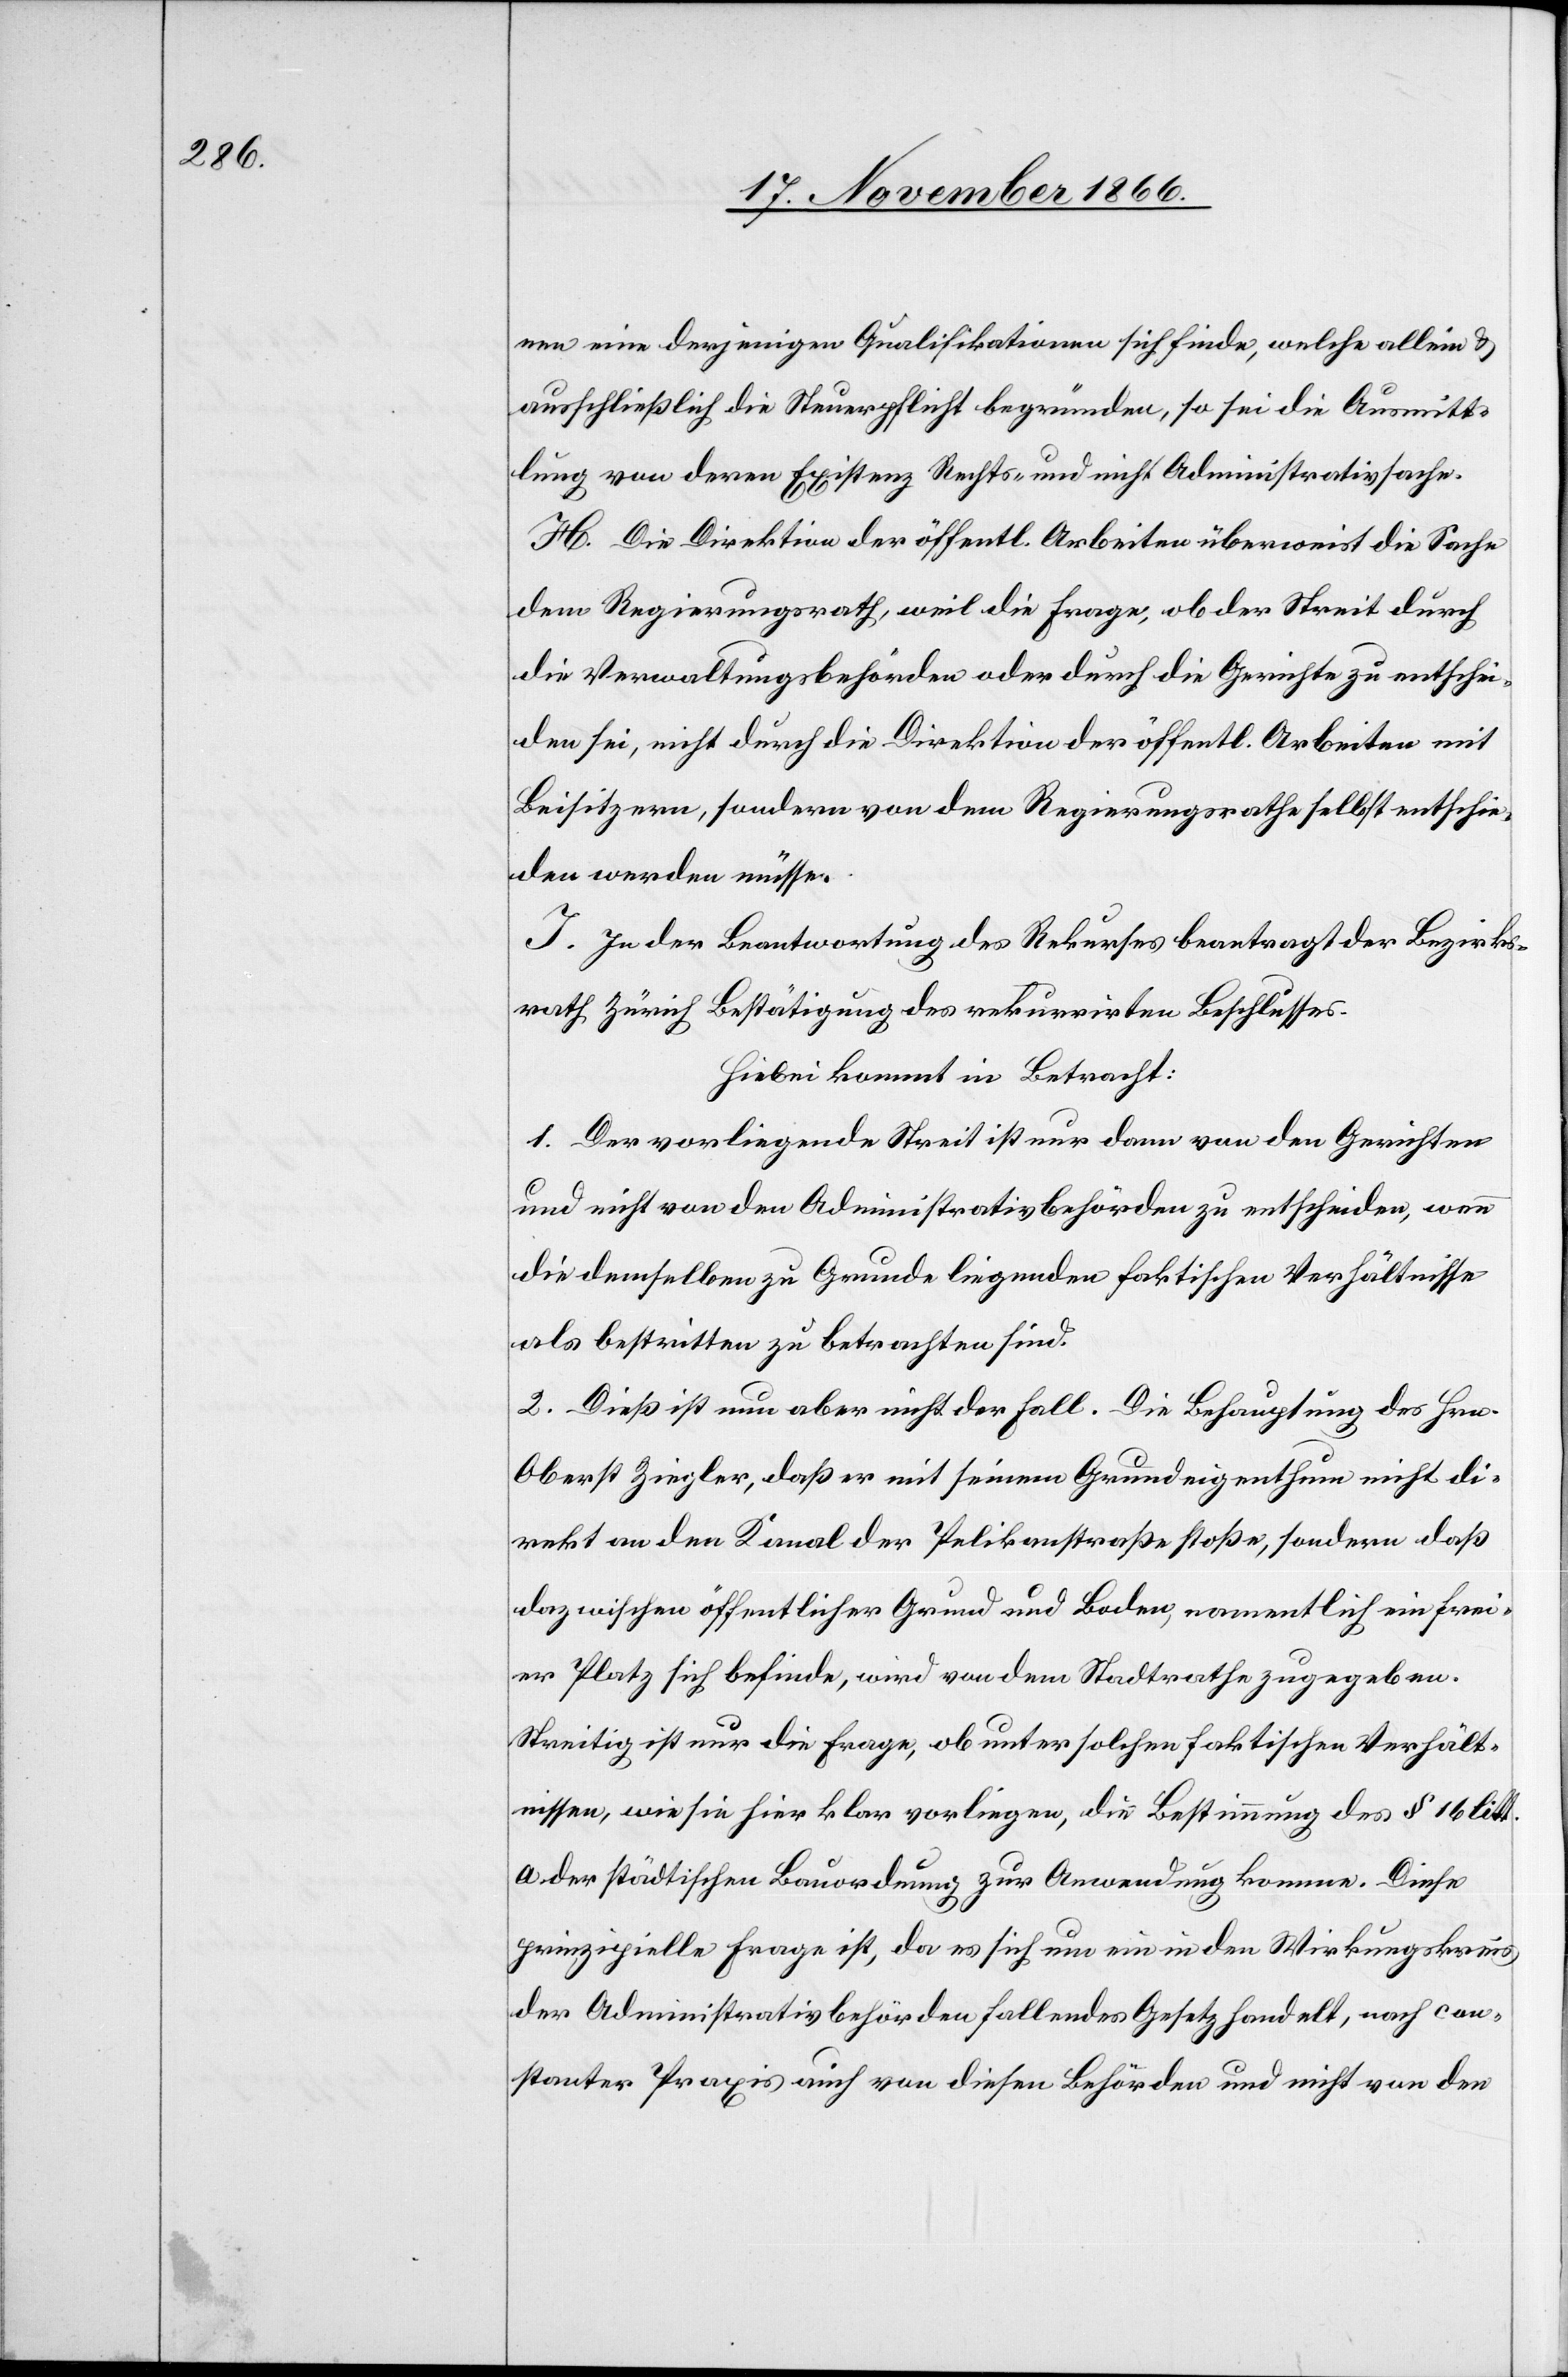
nen eine derjenigen Qualifikationen sich finde, welche allein &
ausschließlich die Steuerpflicht begründen, so sei die Ausmitt¬
lung von deren Existenz Rechts- und nicht Administrativsache.
H. Die Direktion der öffentl. Arbeiten überweist die Sache
dem Regierungsrath, weil die Frage, ob der Streit durch
die Verwaltungsbehörden oder durch die Gerichte zu entschei¬
den sei, nicht durch die Direktion der öffentl. Arbeiten mit
Beisitzern, sondern von dem Regierungsrathe selbst entschie¬
den werden müsse.
I. In der Beantwortung des Rekurses beantragt der Bezirks¬
rath Zürich Bestätigung des rekurrirten Beschlusses.
Hiebei kommt in Betracht:
1. Der vorliegende Streit ist nur dann von den Gerichten
und nicht von den Administrativbehörden zu entscheiden, wenn
die demselben zu Grunde liegenden faktischen Verhältnisse
als bestritten zu betrachten sind.
2. Dieß ist nun aber nicht der Fall. Die Behauptung des Hrn.
Oberst Ziegler, daß er mit seinem Grundeigenthum nicht di¬
rekt an den Kanal der Pelikanstraße stoße, sondern daß
dazwischen öffentlicher Grund und Boden, namentlich ein frei¬
er Platz sich befinde, wird von dem Stadtrathe zugegeben.
Streitig ist nur die Frage, ob unter solchen faktischen Verhält¬
nissen, wie sie hier klar vorliegen, die Bestimmung des § 16 litt.
a der städtischen Bauordnung zur Anwendung komme. Diese
prinzipielle Frage ist, da es sich um ein in den Wirkungskreis
der Administrativbehörden fallendes Gesetz handelt, nach con¬
stanter Praxis auch von diesen Behörden und nicht von den